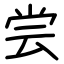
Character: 尝